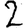
Digit: 2